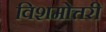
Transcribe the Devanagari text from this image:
विशमोत्तरी